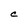
Character: C